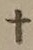
Text: +